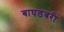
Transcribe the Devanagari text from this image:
बाघडबरी